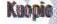
Kuopio